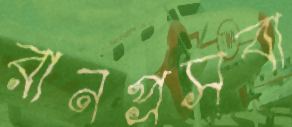
রানপ্রসবা